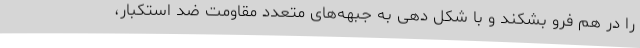
را در هم فرو بشکند و با شکل دهی به جبهه‌های متعدد مقاومت ضد استکبار،